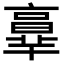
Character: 𦎧